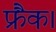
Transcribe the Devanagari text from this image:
फ्रैंक।